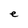
Character: e